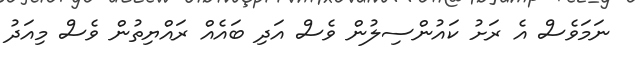
ނަމަވެސް އެ ރަށު ކައުންސިލުން ވެސް އަދި ބައެއް ރައްޔިތުން ވެސް މިއަދު